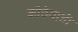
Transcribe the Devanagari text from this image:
कौठेवाडी